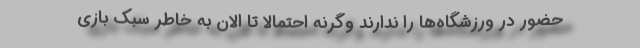
حضور در ورزشگاه‌ها را ندارند وگرنه احتمالاً تا الان به خاطر سبک بازی